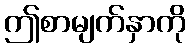
ဤစာမျက်နှာကို